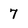
Character: 7